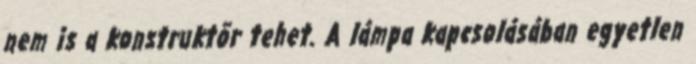
nem is a konstruktõr tehet. A lámpa kapcsolásában egyetlen